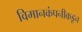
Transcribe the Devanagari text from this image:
विमानकंपनीकडून